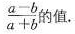
$ $ \ f r a c { a - b } { a + b } $ $ 的值。